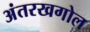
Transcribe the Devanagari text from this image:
अंतरखगोल